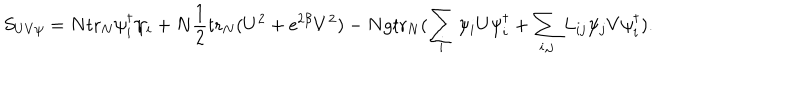
S _ { U V \psi } = N \mathrm { t r } _ { N } \psi _ { i } ^ { \dagger } \psi _ { i } + N \frac { 1 } { 2 } \mathrm { t r } _ { N } ( U ^ { 2 } + \mathrm { e } ^ { 2 \beta } V ^ { 2 } ) - N g \mathrm { t r } _ { N } ( \sum _ { i } \psi _ { i } U \psi _ { i } ^ { \dagger } + \sum _ { i , j } L _ { i j } \psi _ { j } V \psi _ { i } ^ { \dagger } ) .